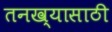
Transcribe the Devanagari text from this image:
तनख्यासाठी